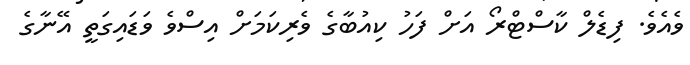
ވެއެވެ. ފިޑެލް ކާސްޓްރޯ އަށް ފަހު ކިއުބާގެ ވެރިކަމަށް އިސްވެ ވަޑައިގަތީ އޭނާގެ